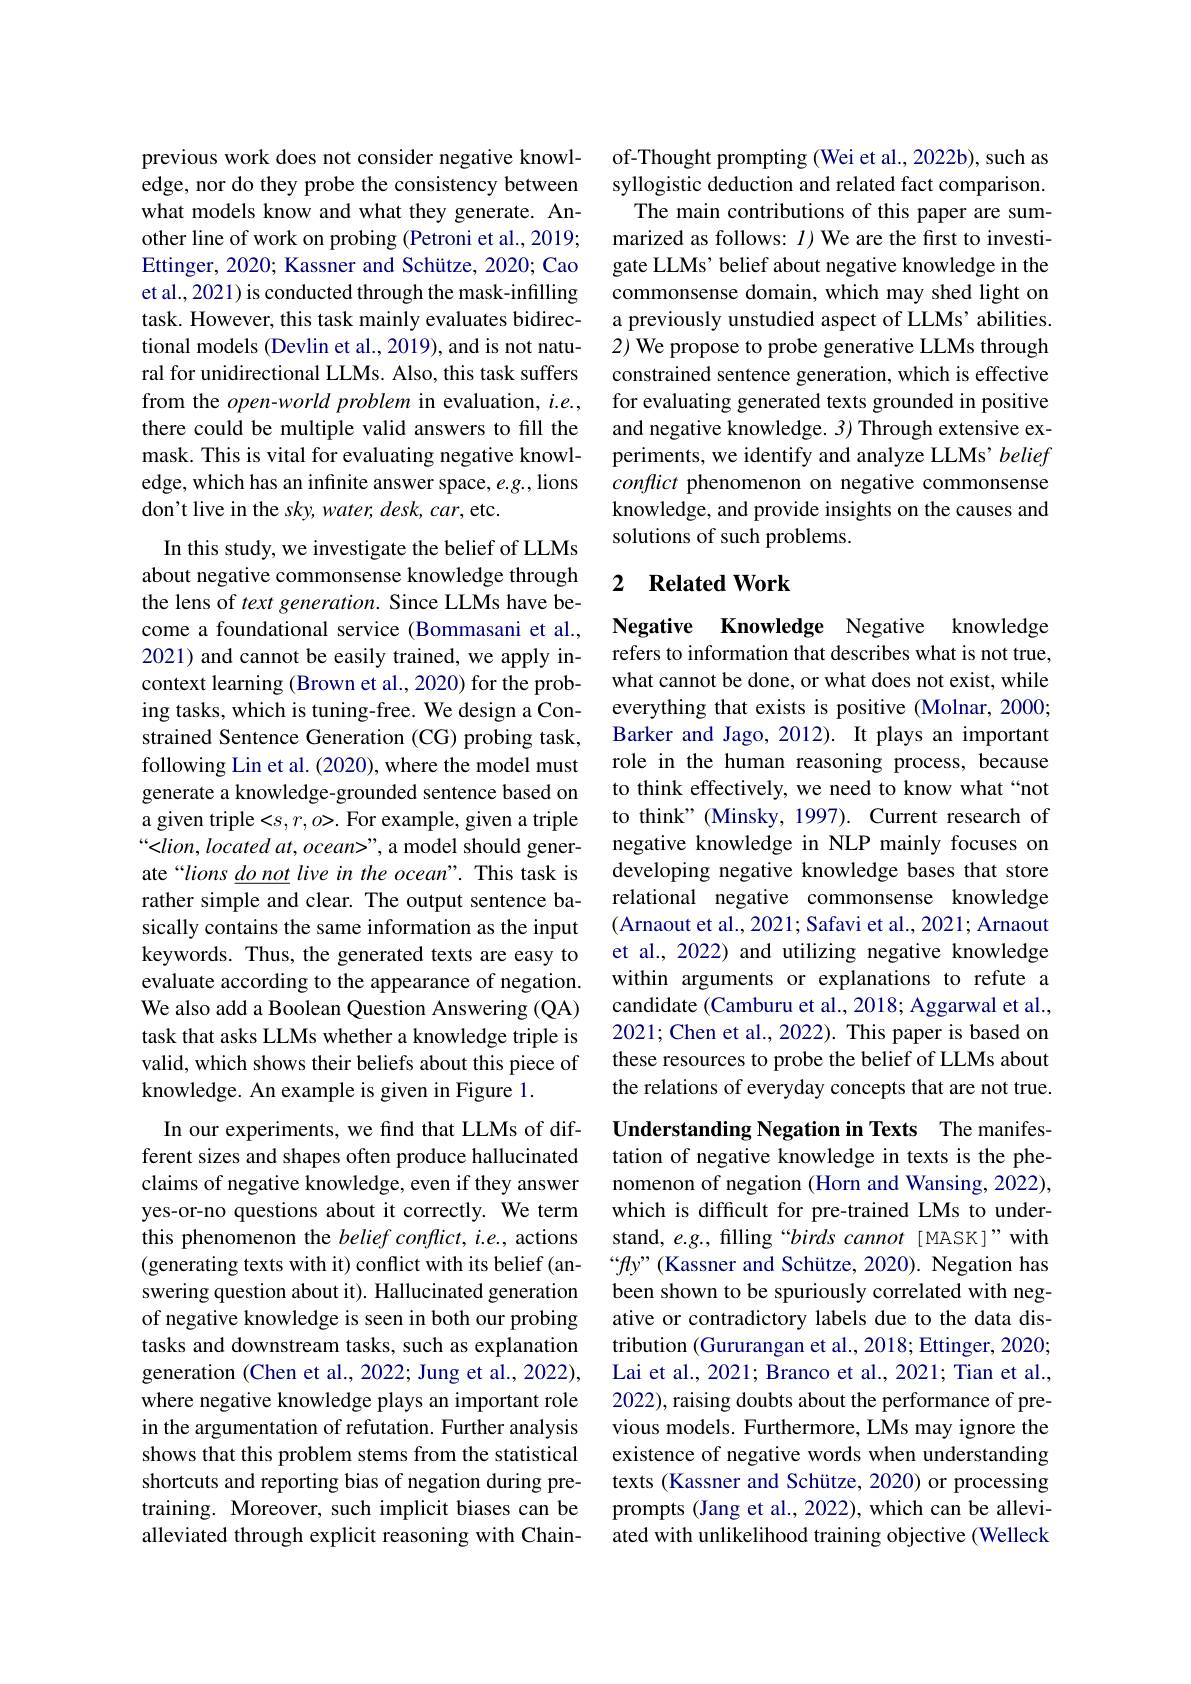
previous work does not consider negative knowledge, nor do they probe the consistency between what models know and what they generate. Another line of work on probing (Petroni et al., 2019; Ettinger, 2020; Kassner and Schütze, 2020; Cao et al., 2021) is conducted through the mask-infilling task. However, this task mainly evaluates bidirectional models (Devlin et al., 2019), and is not natural for unidirectional LLMs. Also, this task suffers from the $open-world$ problem in evaluation, $i.e.$, there could be multiple valid answers to fill the mask. This is vital for evaluating negative knowledge, which has an infinite answer space, e.g., lions don't live in the sky, water, desk, car, etc.

In this study, we investigate the belief of LLMs about negative commonsense knowledge through the lens of text generation. Since LLMs have become a foundational service (Bommasani et al., 2021) and cannot be easily trained, we apply incontext learning (Brown et al., 2020) for the probing tasks, which is tuning-free. We design a Constrained Sentence Generation (CG) probing task, following Lin et al. (2020), where the model must generate a knowledge-grounded sentence based on a given triple <s,r, o>. For example, given a triple “<lion, located at, ocean>”, a model should generate“lions $\underline donot$ live in the ocean”. This task is rather simple and clear. The output sentence basically contains the same information as the input keywords. Thus, the generated texts are easy to evaluate according to the appearance of negation. We also add a Boolean Question Answering (QA) task that asks LLMs whether a knowledge triple is valid, which shows their beliefs about this piece of knowledge. An example is given in Figure 1.
In our experiments, we find that LLMs of different sizes and shapes often produce hallucinated claims of negative knowledge, even if they answer yes-or-no questions about it correctly. We term this phenomenon the belief conflict, i.e., actions (generating texts with it) conflict with its belief (answering question about it). Hallucinated generation of negative knowledge is seen in both our probing tasks and downstream tasks, such as explanation generation (Chen et al., 2022; Jung et al., 2022), where negative knowledge plays an important role in the argumentation of refutation. Further analysis shows that this problem stems from the statistical shortcuts and reporting bias of negation during pre-

training. Moreover, such implicit biases can be alleviated through explicit reasoning with Chain-

of-Thought prompting (Wei et al., 2022b), such as syllogistic deduction and related fact comparison. The main contributions of this paper are summarized as follows: $I$)We are the first to investigate LLMs’ belief about negative knowledge in the commonsense domain, which may shed light on a previously unstudied aspect of LLMs' abilities. 2) We propose to probe generative LLMs through constrained sentence generation, which is effective for evaluating generated texts grounded in positive and negative knowledge. 3) Through extensive experiments, we identify and analyze LLMs' belief conflict phenomenon on negative commonsense knowledge, and provide insights on the causes and solutions of such problems.

### 2 $\textbf{Related Work}$

Negative Knowledge Negative knowledge refers to information that describes what is not true, what cannot be done, or what does not exist, while everything that exists is positive (Molnar, 2000; Barker and Jago, 2012). It plays an important role in the human reasoning process, because to think effectively, we need to know what “not to think" (Minsky, 1997). Current research of negative knowledge in NLP mainly focuses on developing negative knowledge bases that store relational negative commonsense knowledge (Arnaout et al., 2021; Safavi et al., 2021; Arnaout et al., 2022) and utilizing negative knowledge within arguments or explanations to refute a candidate (Camburu et al., 2018; Aggarwal et al., 2021; Chen et al., 2022). This paper is based on these resources to probe the belief of LLMs about the relations of everyday concepts that are not true.

Understanding Negation in Texts The manifes-

tation of negative knowledge in texts is the phenomenon of negation (Horn and Wansing, 2022), which is difficult for pre-trained LMs to understand, e.g., filling “birds cannot [MASK]”with “fy”(Kassner and Schütze, 2020). Negation has been shown to be spuriously correlated with negative or contradictory labels due to the data distribution (Gururangan et al., 2018; Ettinger, 2020; Lai et al., 2021; Branco et al., 2021; Tian et al., 2022), raising doubts about the performance of previous models. Furthermore, LMs may ignore the existence of negative words when understanding texts (Kassner and Schütze, 2020) or processing prompts (Jang et al., 2022), which can be alleviated with unlikelihood training objective (Welleck